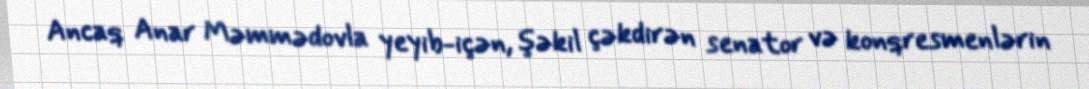
Ancaq Anar Məmmədovla yeyib-içən, şəkil çəkdirən senator və konqresmenlərin